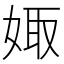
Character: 娵